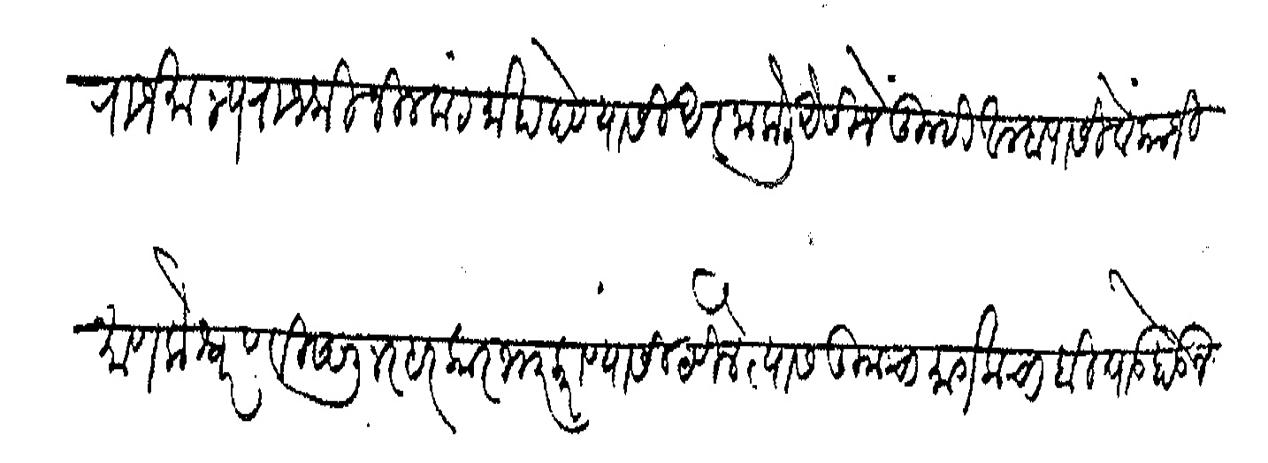
Transliteration (Devanagari): राजमान्य राजश्री नीळकंठ माहादेव यासी आज्ञा केली ऐसीजे तुम्ही आम्हापासी वेंकाजी माणकेश्वर व विष्णु नरहर कारभार करावयासी ठेविले त्यास तुमचा मागलाचा बिघाड होऊन